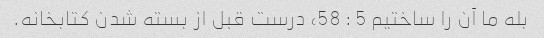
بله ما آن را ساختیم 5 : 58، درست قبل از بسته شدن کتابخانه.